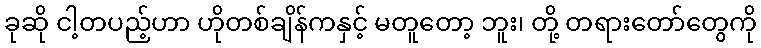
ခုဆို ငါ့တပည့်ဟာ ဟိုတစ်ချိန်ကနှင့် မတူတော့ ဘူး၊ တို့ တရားတော်တွေကို